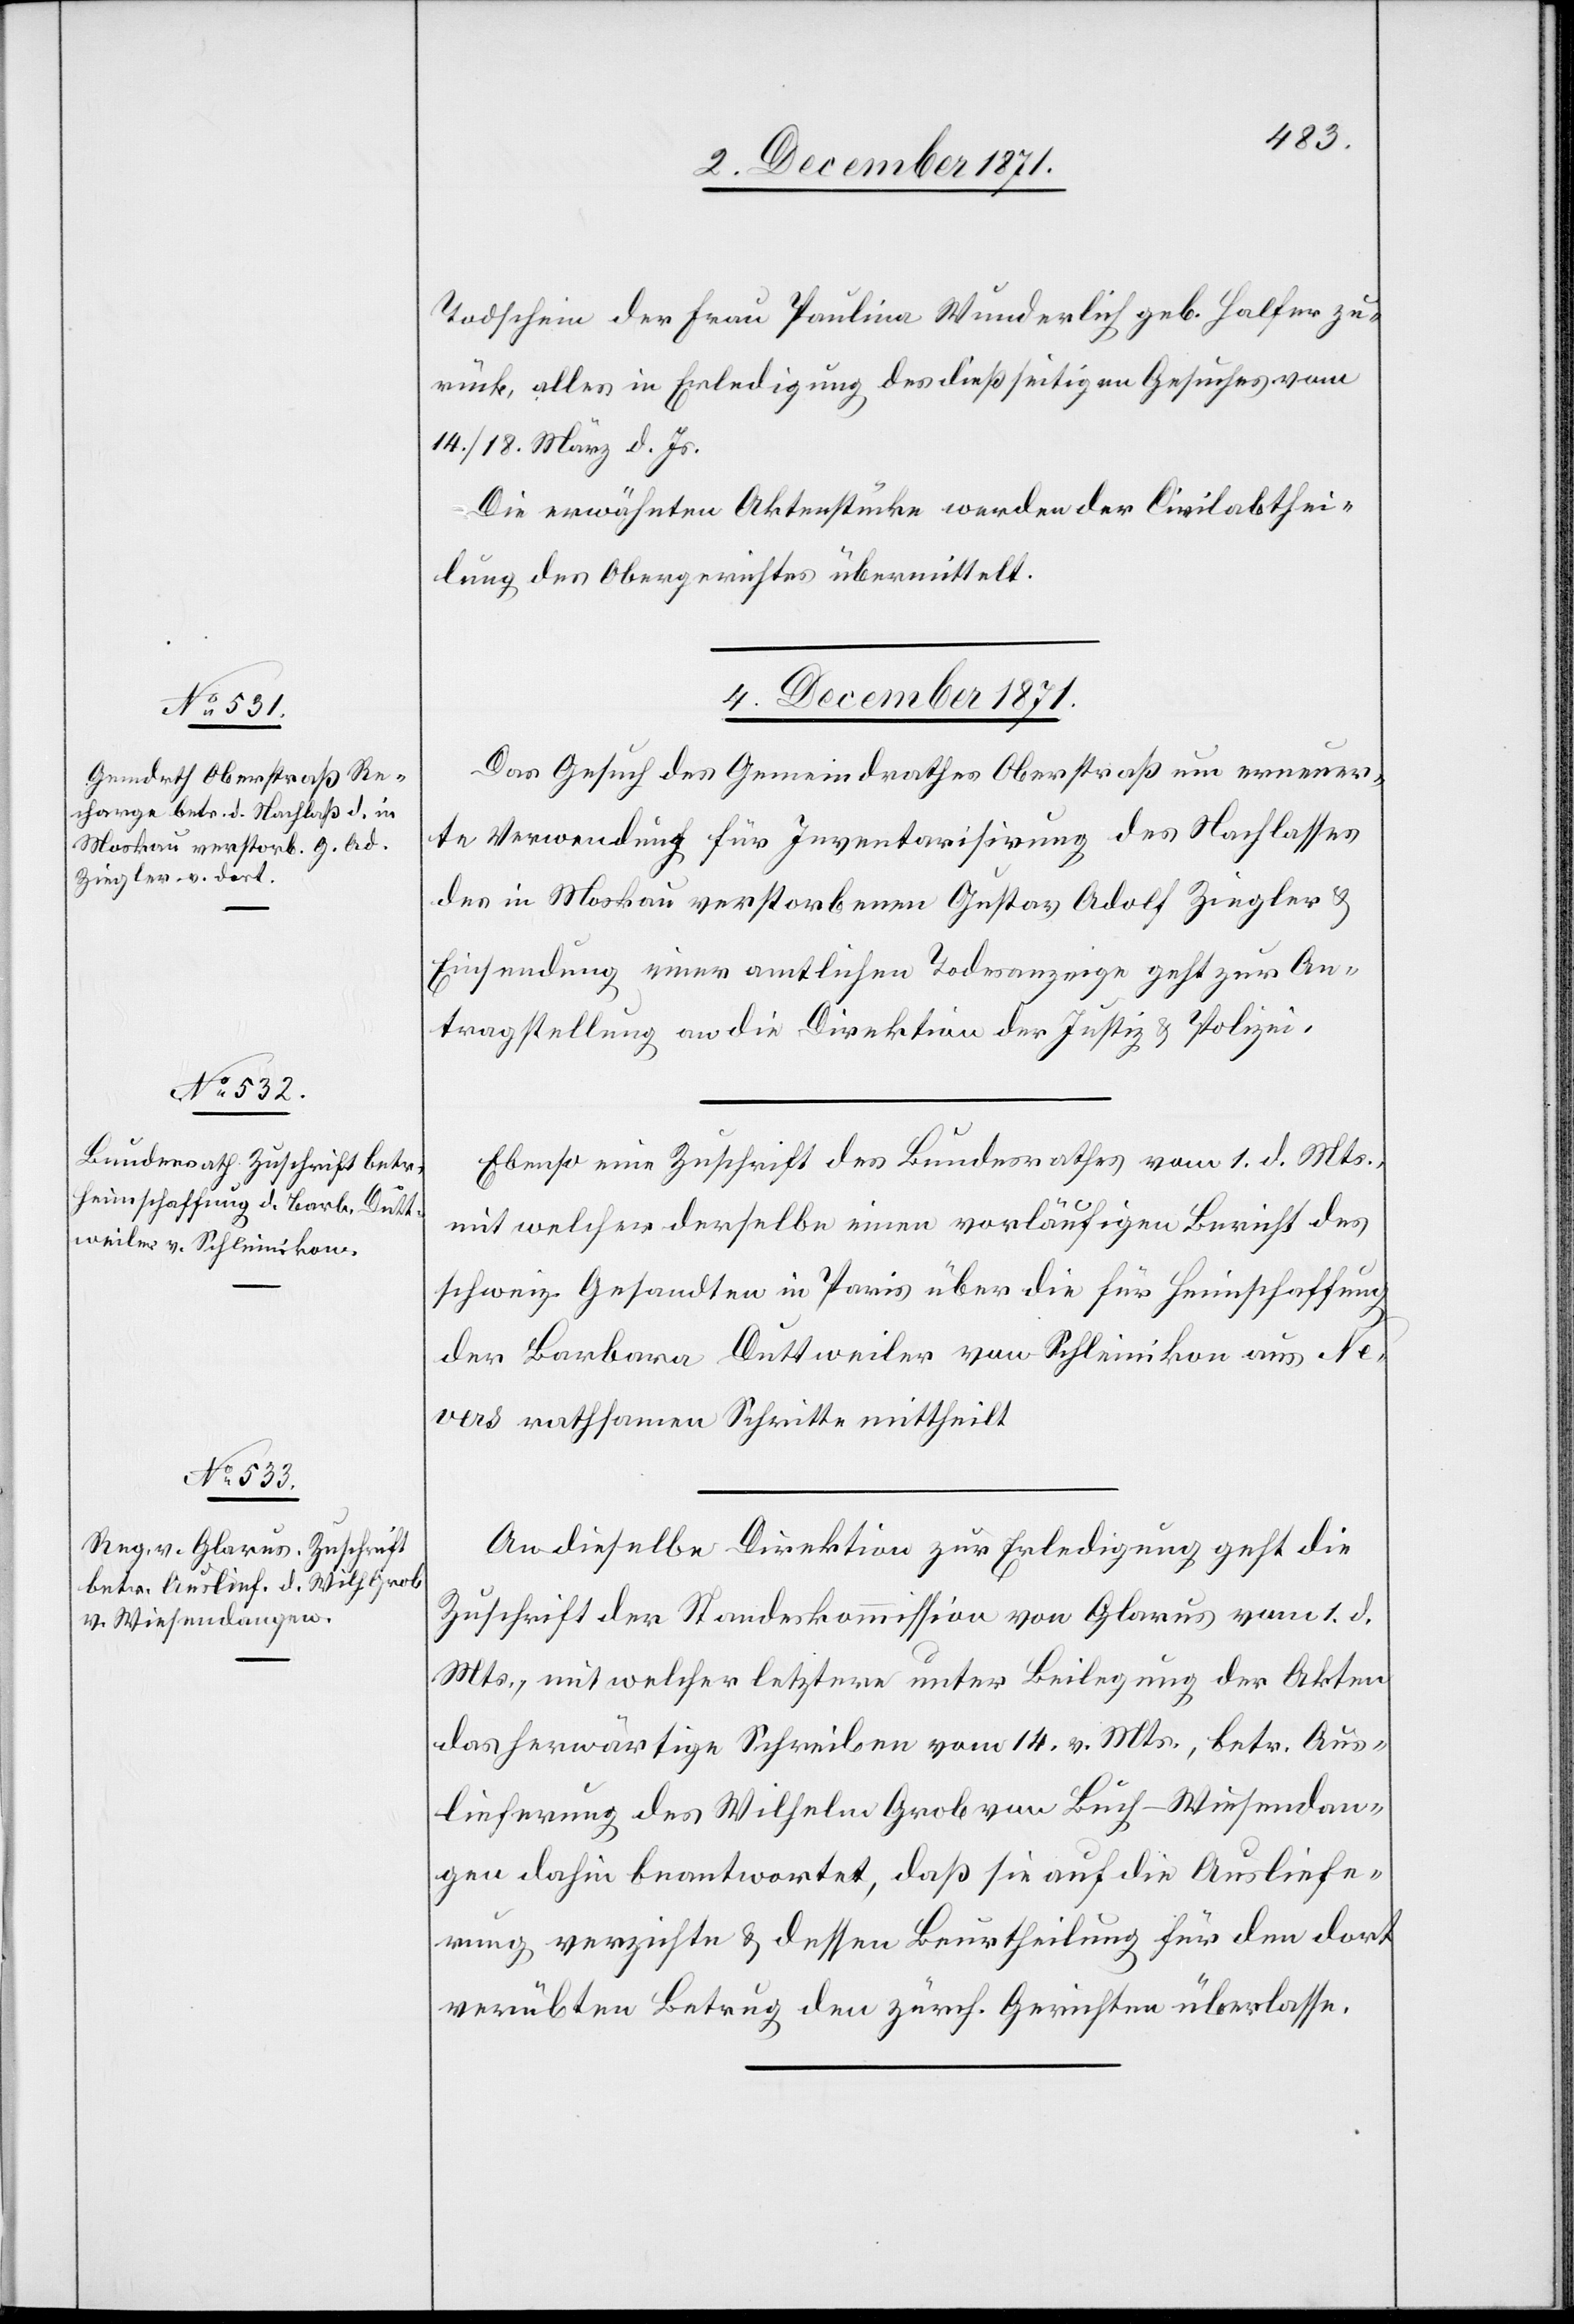
Todschein der Frau Paulina Wunderlich geb. Halfer zu¬
rück, alles in Erledigung des dießseitigen Gesuches vom
14./18. März d. Js.
Die erwähnten Aktenstücke werden der Civilabthei¬
lung des Obergerichtes übermittelt.
4. December 1871.]
Das Gesuch des Gemeindrathes Oberstraß um erneuer¬
te Verwendung für Inventarisirung des Nachlasses
des in Moskau verstorbenen Gustav Adolf Ziegler &
Einsendung einer amtlichen Todesanzeige geht zur An¬
tragstellung an die Direktion der Justiz & Polizei.
Ebenso eine Zuschrift des Bundesrathes vom 1. d. Mts.,
mit welcher derselbe einen vorläufigen Bericht des
schweiz. Gesandten in Paris über die für Heimschaffung
der Barbara Duttweiler von Schleinikon aus Ne¬
vers rathsamen Schritte mittheilt.
An dieselbe Direktion zur Erledigung geht die
Zuschrift der Standeskommission von Glarus vom 1. d.
Mts, mit welcher letztere unter Beilegung der Akten
das herwärtige Schreiben vom 14. v. Mts., betr. Aus¬
lieferung des Wilhelm Grob von Buch-Wiesendan¬
gen dahin beantwortet, daß sie auf die Ausliefe¬
rung verzichte & dessen Beurtheilung für den dort
verübten Betrug den zürch. Gerichten überlasse.